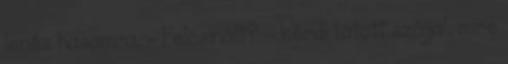
lenéz hasamra. - Felcsinált? - kérdi tátott szájjal, mire